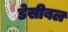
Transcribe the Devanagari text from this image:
डेसीबल